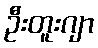
ဦးတူးဂျာ